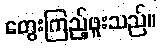
တွေးကြည့်ဖူးသည်။